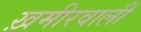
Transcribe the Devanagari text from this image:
ख़मीरवाली